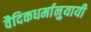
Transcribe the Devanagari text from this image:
वैदिकधर्मानुयायी